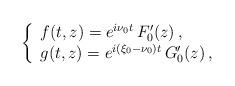
LaTeX: \begin{align*}\left\{\begin{array}{l}f(t,z) = e^{i\nu_0 t}\,F_0'(z)\,,\\g(t,z)= e^{i(\xi_0-\nu_0)t}\,G_0'(z)\,,\end{array}\right.\end{align*}